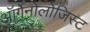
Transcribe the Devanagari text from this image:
ऑर्गेनोलोजिस्ट